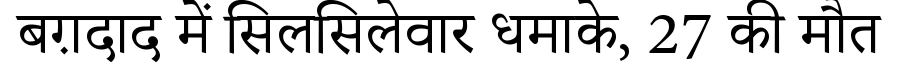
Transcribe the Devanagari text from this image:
बग़दाद में सिलसिलेवार धमाके, 27 की मौत